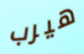
هيرب